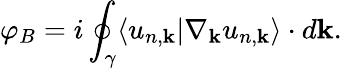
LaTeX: \varphi_{B}=i\oint_{\gamma}\langle u_{n,\mathbf{k}}|\nabla_{\mathbf{k}}u_{n,\mathbf{k}}\rangle\cdot d\mathbf{k}.